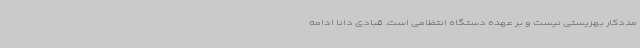
مددکار بهزیستی نیست و بر عهده دستگاه انتظامی است. قبادی دانا ادامه